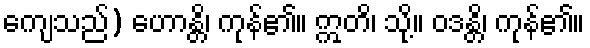
ကျေသည်) ဟောန္တိ၊ ကုန်၏။ ဣတိ၊ သို့။ ဝဒန္တိ၊ ကုန်၏။